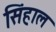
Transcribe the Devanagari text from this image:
सिंहाल